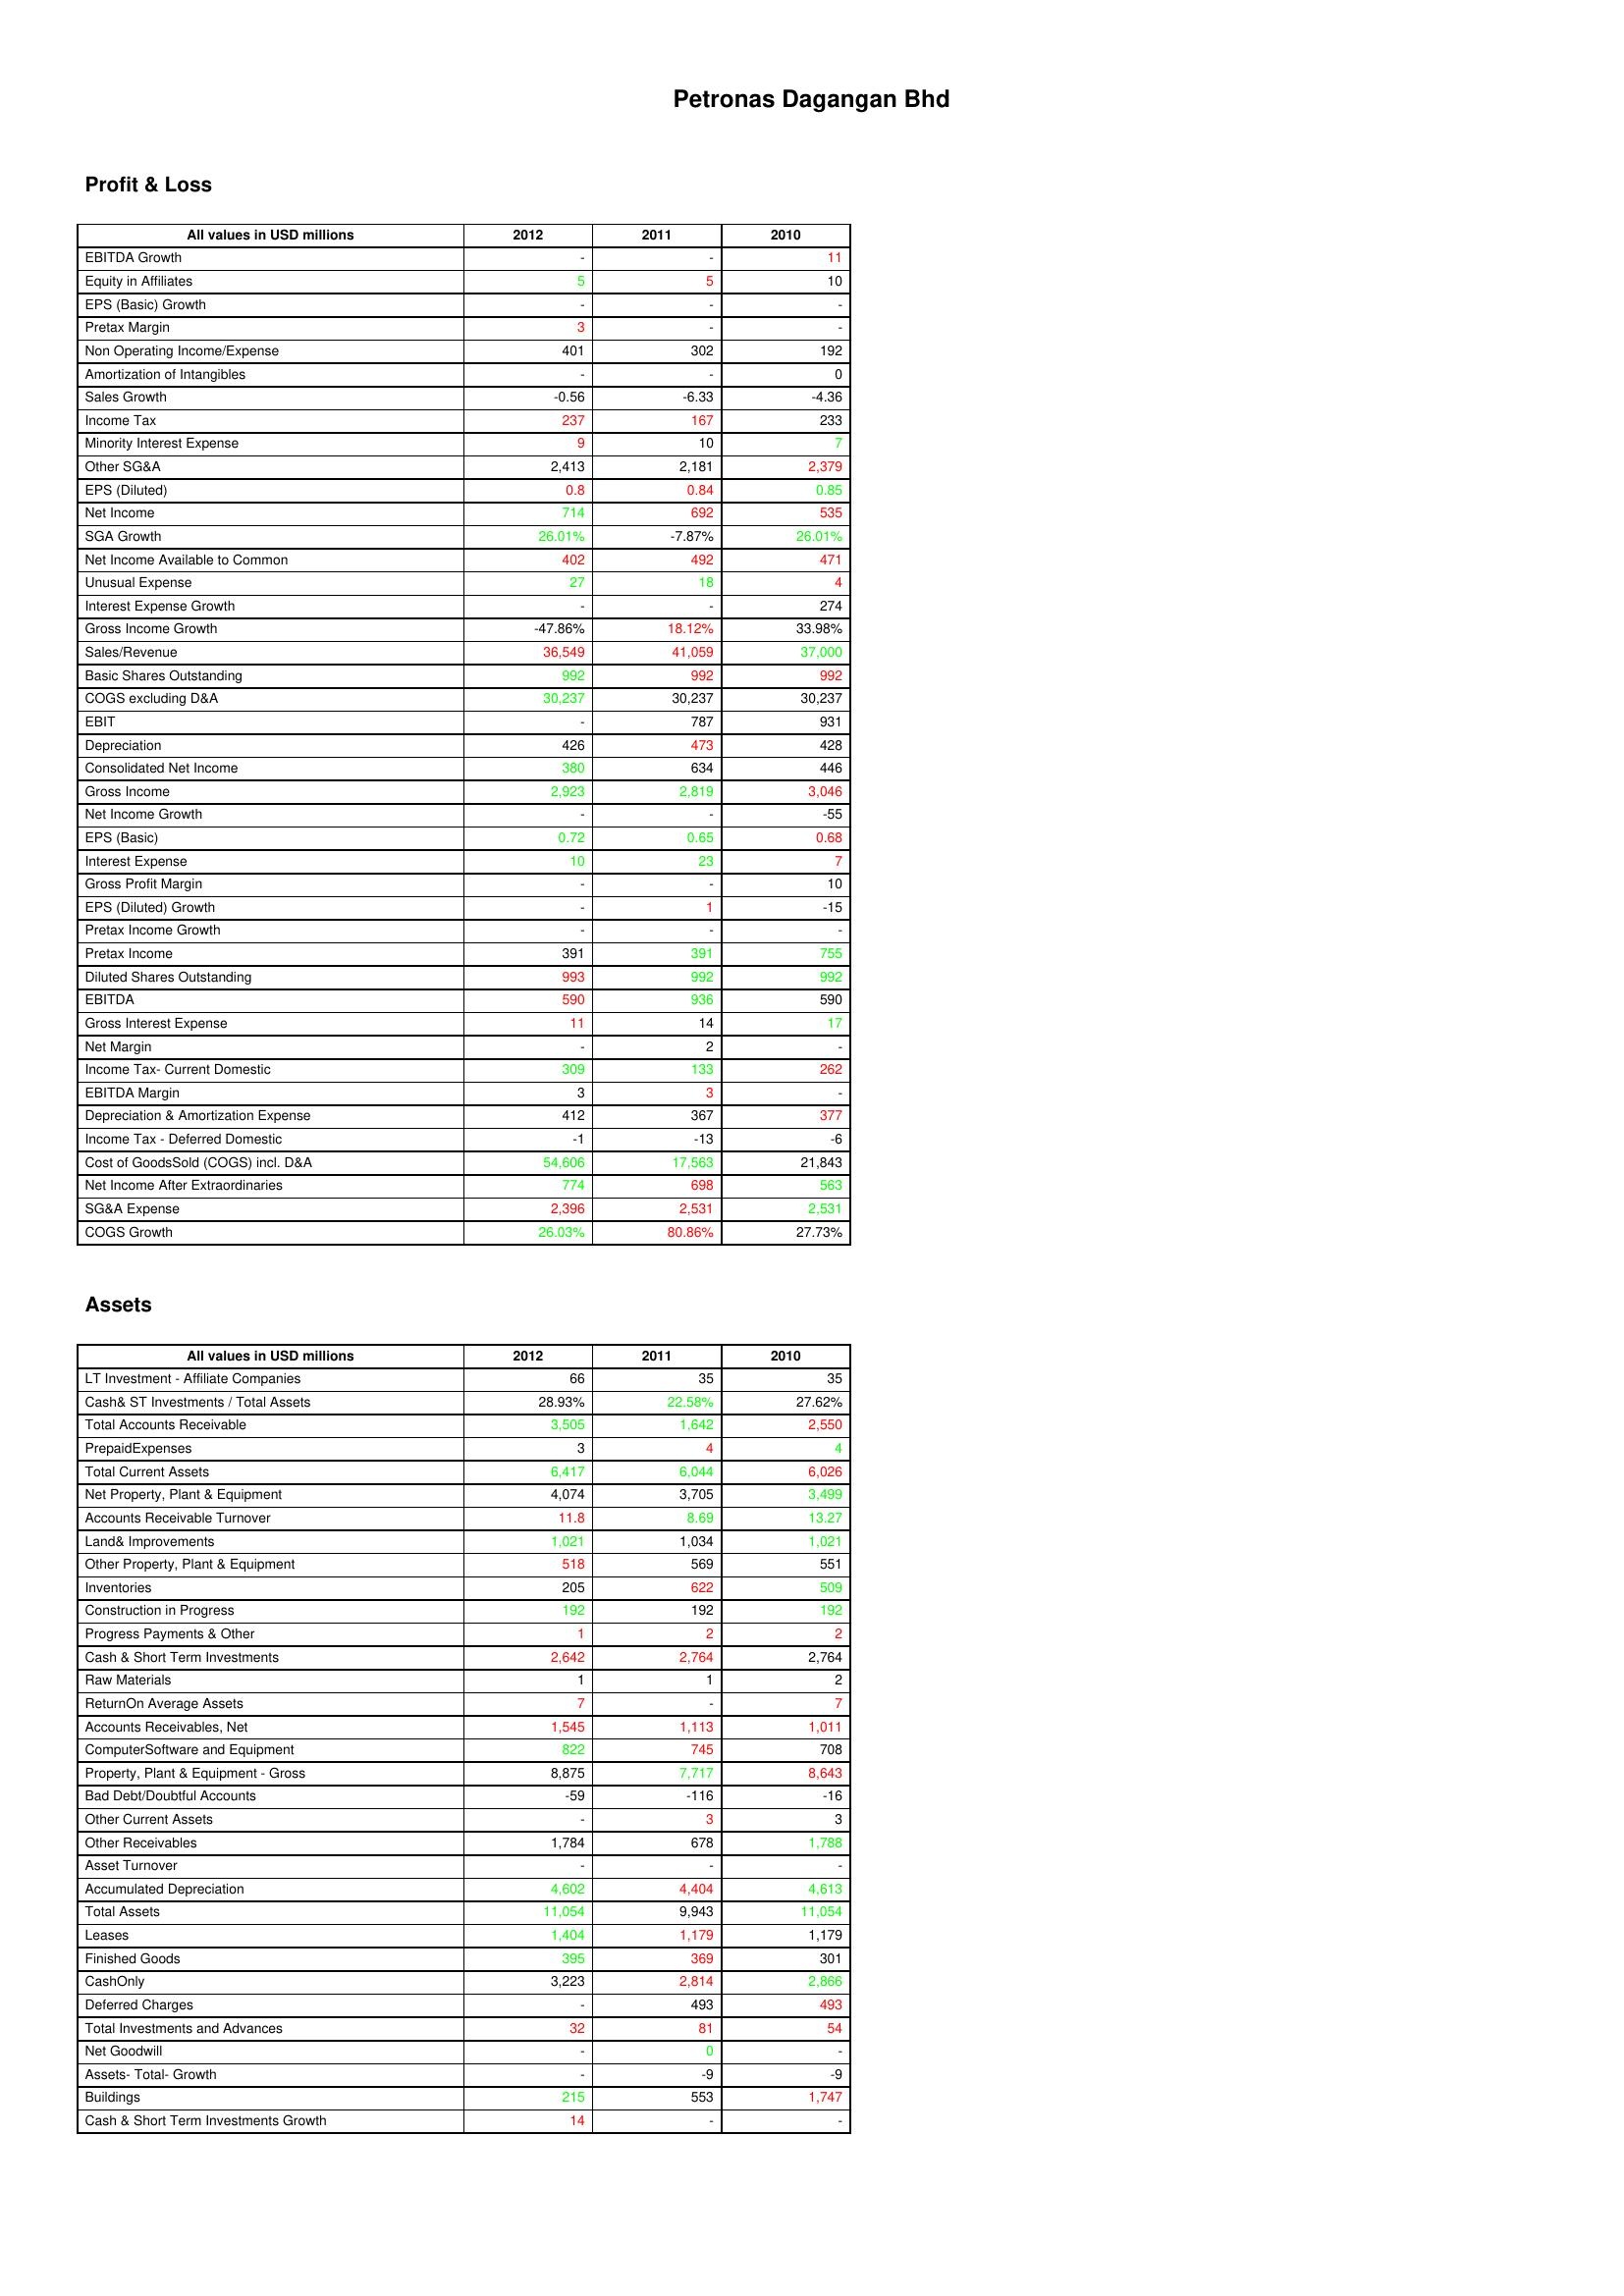
gt_parse: 2012: Profit & Loss: EBITDA Growth: -
Equity in Affiliates: 5
EPS (Basic) Growth: -
Pretax Margin: 3
Non Operating Income/Expense: 401
Amortization of Intangibles: -
Sales Growth: -0.56
Income Tax: 237
Minority Interest Expense: 9
Other SG&A: 2,413
EPS (Diluted): 0.8
Net Income: 714
SGA Growth: 26.01%
Net Income Available to Common: 402
Unusual Expense: 27
Interest Expense Growth: -
Gross Income Growth: -47.86%
Sales/Revenue: 36,549
Basic Shares Outstanding: 992
COGS excluding D&A: 30,237
EBIT: -
Depreciation: 426
Consolidated Net Income: 380
Gross Income: 2,923
Net Income Growth: -
EPS (Basic): 0.72
Interest Expense: 10
Gross Profit Margin: -
EPS (Diluted) Growth: -
Pretax Income Growth: -
Pretax Income: 391
Diluted Shares Outstanding: 993
EBITDA: 590
Gross Interest Expense: 11
Net Margin: -
Income Tax- Current Domestic: 309
EBITDA Margin: 3
Depreciation & Amortization Expense: 412
Income Tax - Deferred Domestic: -1
Cost of GoodsSold (COGS) incl. D&A: 54,606
Net Income After Extraordinaries: 774
SG&A Expense: 2,396
COGS Growth: 26.03%
Assets: LT Investment - Affiliate Companies: 66
Cash& ST Investments / Total Assets: 28.93%
Total Accounts Receivable: 3,505
PrepaidExpenses: 3
Total Current Assets: 6,417
Net Property, Plant & Equipment: 4,074
Accounts Receivable Turnover: 11.8
Land& Improvements: 1,021
Other Property, Plant & Equipment: 518
Inventories: 205
Construction in Progress: 192
Progress Payments & Other: 1
Cash & Short Term Investments: 2,642
Raw Materials: 1
ReturnOn Average Assets: 7
Accounts Receivables, Net: 1,545
ComputerSoftware and Equipment: 822
Property, Plant & Equipment - Gross : 8,875
Bad Debt/Doubtful Accounts: -59
Other Current Assets: -
Other Receivables: 1,784
Asset Turnover: -
Accumulated Depreciation: 4,602
Total Assets: 11,054
Leases: 1,404
Finished Goods: 395
CashOnly: 3,223
Deferred Charges: -
Total Investments and Advances: 32
Net Goodwill: -
Assets- Total- Growth: -
Buildings: 215
Cash & Short Term Investments Growth: 14
2011: Profit & Loss: EBITDA Growth: -
Equity in Affiliates: 5
EPS (Basic) Growth: -
Pretax Margin: -
Non Operating Income/Expense: 302
Amortization of Intangibles: -
Sales Growth: -6.33
Income Tax: 167
Minority Interest Expense: 10
Other SG&A: 2,181
EPS (Diluted): 0.84
Net Income: 692
SGA Growth: -7.87%
Net Income Available to Common: 492
Unusual Expense: 18
Interest Expense Growth: -
Gross Income Growth: 18.12%
Sales/Revenue: 41,059
Basic Shares Outstanding: 992
COGS excluding D&A: 30,237
EBIT: 787
Depreciation: 473
Consolidated Net Income: 634
Gross Income: 2,819
Net Income Growth: -
EPS (Basic): 0.65
Interest Expense: 23
Gross Profit Margin: -
EPS (Diluted) Growth: 1
Pretax Income Growth: -
Pretax Income: 391
Diluted Shares Outstanding: 992
EBITDA: 936
Gross Interest Expense: 14
Net Margin: 2
Income Tax- Current Domestic: 133
EBITDA Margin: 3
Depreciation & Amortization Expense: 367
Income Tax - Deferred Domestic: -13
Cost of GoodsSold (COGS) incl. D&A: 17,563
Net Income After Extraordinaries: 698
SG&A Expense: 2,531
COGS Growth: 80.86%
Assets: LT Investment - Affiliate Companies: 35
Cash& ST Investments / Total Assets: 22.58%
Total Accounts Receivable: 1,642
PrepaidExpenses: 4
Total Current Assets: 6,044
Net Property, Plant & Equipment: 3,705
Accounts Receivable Turnover: 8.69
Land& Improvements: 1,034
Other Property, Plant & Equipment: 569
Inventories: 622
Construction in Progress: 192
Progress Payments & Other: 2
Cash & Short Term Investments: 2,764
Raw Materials: 1
ReturnOn Average Assets: -
Accounts Receivables, Net: 1,113
ComputerSoftware and Equipment: 745
Property, Plant & Equipment - Gross : 7,717
Bad Debt/Doubtful Accounts: -116
Other Current Assets: 3
Other Receivables: 678
Asset Turnover: -
Accumulated Depreciation: 4,404
Total Assets: 9,943
Leases: 1,179
Finished Goods: 369
CashOnly: 2,814
Deferred Charges: 493
Total Investments and Advances: 81
Net Goodwill: 0
Assets- Total- Growth: -9
Buildings: 553
Cash & Short Term Investments Growth: -
2010: Profit & Loss: EBITDA Growth: 11
Equity in Affiliates: 10
EPS (Basic) Growth: -
Pretax Margin: -
Non Operating Income/Expense: 192
Amortization of Intangibles: 0
Sales Growth: -4.36
Income Tax: 233
Minority Interest Expense: 7
Other SG&A: 2,379
EPS (Diluted): 0.85
Net Income: 535
SGA Growth: 26.01%
Net Income Available to Common: 471
Unusual Expense: 4
Interest Expense Growth: 274
Gross Income Growth: 33.98%
Sales/Revenue: 37,000
Basic Shares Outstanding: 992
COGS excluding D&A: 30,237
EBIT: 931
Depreciation: 428
Consolidated Net Income: 446
Gross Income: 3,046
Net Income Growth: -55
EPS (Basic): 0.68
Interest Expense: 7
Gross Profit Margin: 10
EPS (Diluted) Growth: -15
Pretax Income Growth: -
Pretax Income: 755
Diluted Shares Outstanding: 992
EBITDA: 590
Gross Interest Expense: 17
Net Margin: -
Income Tax- Current Domestic: 262
EBITDA Margin: -
Depreciation & Amortization Expense: 377
Income Tax - Deferred Domestic: -6
Cost of GoodsSold (COGS) incl. D&A: 21,843
Net Income After Extraordinaries: 563
SG&A Expense: 2,531
COGS Growth: 27.73%
Assets: LT Investment - Affiliate Companies: 35
Cash& ST Investments / Total Assets: 27.62%
Total Accounts Receivable: 2,550
PrepaidExpenses: 4
Total Current Assets: 6,026
Net Property, Plant & Equipment: 3,499
Accounts Receivable Turnover: 13.27
Land& Improvements: 1,021
Other Property, Plant & Equipment: 551
Inventories: 509
Construction in Progress: 192
Progress Payments & Other: 2
Cash & Short Term Investments: 2,764
Raw Materials: 2
ReturnOn Average Assets: 7
Accounts Receivables, Net: 1,011
ComputerSoftware and Equipment: 708
Property, Plant & Equipment - Gross : 8,643
Bad Debt/Doubtful Accounts: -16
Other Current Assets: 3
Other Receivables: 1,788
Asset Turnover: -
Accumulated Depreciation: 4,613
Total Assets: 11,054
Leases: 1,179
Finished Goods: 301
CashOnly: 2,866
Deferred Charges: 493
Total Investments and Advances: 54
Net Goodwill: -
Assets- Total- Growth: -9
Buildings: 1,747
Cash & Short Term Investments Growth: -